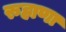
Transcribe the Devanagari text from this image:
रुहाणा